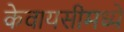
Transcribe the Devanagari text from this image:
केवायसीमध्ये